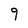
Character: 9